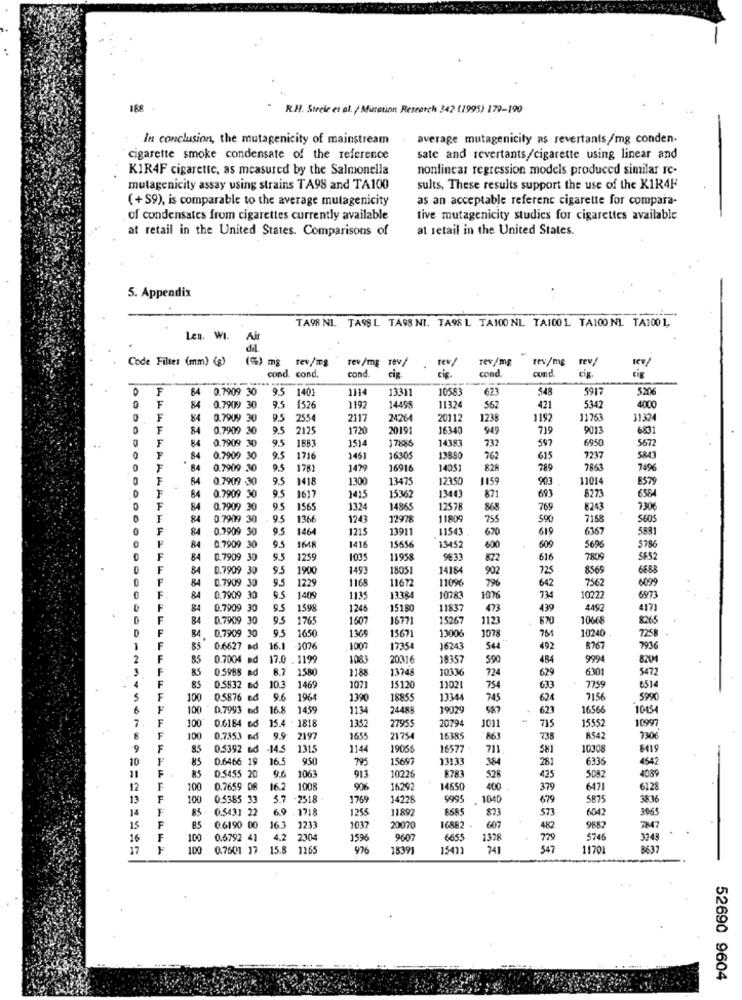
R.H. Steele et al. / Mutation Research 342 (1995) 179-190
In conclusion, the mutagenicity of mainstream
average mutagenicily as revertants/mg conden-
cigarette smoke condensate of the reference
sate and revertants/cigarette using linear and
KIR4F cigarette, as measured by the Salmonella
nonlinear regression models produced similar re-
mutagenicity assay using strains TA98 and TA100
sults, These results support the use of the KIR4F
(+ S9), is comparable to the average mutagenicity
as an acceptable referent cigarette for compara-
of condensates from cigarettes currently available
tive mutagenicity studies for cigarettes available
at retail in the United States. Comparisons of
at retail in the United States.
5. Appendix
TA9R NI. TASS L. TA98 NI. TA98 L TA100 NL TA100L TA100 NL TA1001,
Len. WI.
Air
dil.
Code Filter (mm) (g)
(5) mg
rev/mg
rev/mg
Tev/mg
rev/mg
rev/
cond
sev/
cond. cond.
cond.
cis.
und.
cis
F
84
0.7909 30
9.5
1401
1114
13311
10583
623
548
5917
5206
F
84
0.7909 30
9.5
1526
1192
1449
1132
421
5342
4000
F
84
0.7909 30
9.5
255
2117
2426
STOC
20112
1238
1192
11763
31324
F
84
0.7909 30
9.5
2125
1720
16340
949
719
9013
6831
F
84
0.7909 30
9.5
1683
1514
17885
14383
5672
..
732
597
6950
F
.
84
0.7909
30
9.5
1716
1461
16305
13880
762
615
7237
5843
F
0.7909 30
9.5
1781
1479
1691
1405
828
789
7863
7496
F
64
0.7909 -30
9.5
1418
1300
1347
12350
1159
903
11014
8579
0.7909 30
1415
5362
84
9.5
1617
871
693
8273
6564
F
84
0.7909 30
9.5
1565
1324
14865
12578
868
769
8243
7306
84
0.7909 30
95
1366
1243
12978
11809
755
$90
7168
$605
F
84
0.7909 30
9.5
1464
1215
1391'
11543 .
670
619
6367
5881
0.7909 30
9.5
1648
1416
15656
13452
600
609
5696
5786
F
84
0.7909 30
9.5
1259
1035
11958
9833
822
616
7809
5652
F
84
0.7909
30
9.5
1900
1493
18051
14184
902
725
8565
6658
F
84
0.7909
30
9.5
1168
11672
11096
796
642
7562
6099
1229
F
84
0.7909
30
9.5
1405
1135
13384
10783
734
10222
6973
F
84
0.7909 30
9.5
1598
1246
15180
11837
473
439
4492
4173
F
BA
0.7909 30
9.5
1765
1507
16771
15267
1123
670
1066
8265
F
0.7909 30
9.5
1650
1365
15671
13006
107
761
10240
7258 .
84
F
85
0.6627
16.1
3076
1007
17354
6243
544
492
8767
7936
F
85
0.7004 md
17.0 . 1199
1083
20316
1835
590
484
9994
8201
F
85
0 5988 nd
8.7
1580
2188
1374
10336
724
629
6301
5472
F
85
0.5832 nd
10.3
1469
107
15120
11021
754
633
7759
6514
5
F
100
0.5876 6d
9.6
1964
139
18855
13344
745
624
71.56
6
100
0.7993 nd
16.8
1459
113
2448
19029
587
623
16566
10454
7
F
100
27955
20794
1011
15552
0.6184 nd
15.4 - 1818
1352
715
10997
F
100
0.7353 B
9.9
2197
1655
21754
16385
863
738
8542
7306
F
85
0.5392 Bd
-14.5
1315
1144
19055
16577 .
711
581
1030
8419
10
F
85
0.6466 19
16.5
950
795
15697
13133
364
6336
5 20
10226
8783
281
4542
4089
F
85
0.5455 20
9.6
1063
913
528
425
5082
12
F
100
0.7659 D8
16.2
1008
90%
16292
14650
400
379
6471
6128
13
F
100
0.5385 33
5.7
-2518 -
1769
14228
999
1040
675
5875
3836
14
F
85
0.5431 2
6.9
- 1718
1255
11892
8585
873
573
6042
3965
15
F
85
0.6190 00
16.3
1233
1037
20070
16882
607
482
9882
16
F
100
0.6792 41
4.2
2304
1596
9607
6655
1378
775
5748
3243
17
100
0.7501 17
15.8
1265
976
18391
15011
241
541
11701
3637
52690 9604